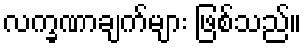
လက္ခဏာချက်များ ဖြစ်သည်။